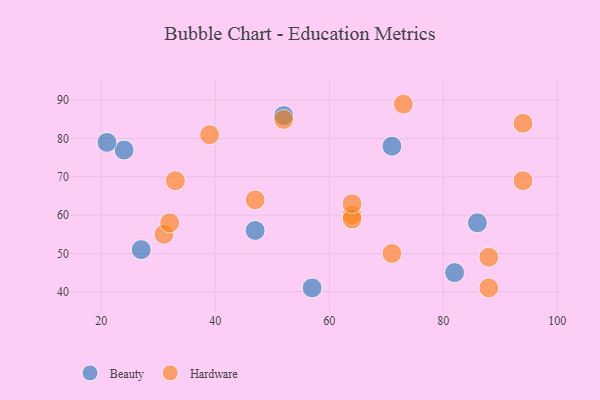
{"axis": {"x": "GDP", "y": "Life Expectancy"}, "legend": ["Beauty", "Hardware"], "data": [{"x": "86", "y": 58, "type": "Beauty"}, {"x": "57", "y": 41, "type": "Beauty"}, {"x": "24", "y": 77, "type": "Beauty"}, {"x": "82", "y": 45, "type": "Beauty"}, {"x": "27", "y": 51, "type": "Beauty"}, {"x": "21", "y": 79, "type": "Beauty"}, {"x": "47", "y": 56, "type": "Beauty"}, {"x": "71", "y": 78, "type": "Beauty"}, {"x": "52", "y": 86, "type": "Beauty"}, {"x": "88", "y": 49, "type": "Hardware"}, {"x": "47", "y": 64, "type": "Hardware"}, {"x": "94", "y": 69, "type": "Hardware"}, {"x": "33", "y": 69, "type": "Hardware"}, {"x": "52", "y": 85, "type": "Hardware"}, {"x": "64", "y": 60, "type": "Hardware"}, {"x": "31", "y": 55, "type": "Hardware"}, {"x": "64", "y": 59, "type": "Hardware"}, {"x": "94", "y": 84, "type": "Hardware"}, {"x": "71", "y": 50, "type": "Hardware"}, {"x": "88", "y": 41, "type": "Hardware"}, {"x": "64", "y": 63, "type": "Hardware"}, {"x": "73", "y": 89, "type": "Hardware"}, {"x": "32", "y": 58, "type": "Hardware"}, {"x": "39", "y": 81, "type": "Hardware"}]}